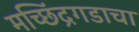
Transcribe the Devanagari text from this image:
मच्छिंद्रगडाचा